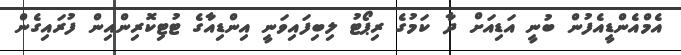
އެމްއެންޑީއެފުން ބުނީ އަޑިއަށް ދާ ކަމުގެ ރިޕޯޓު ލިބިފައިވަނީ އިންޑިއާގެ ޓުޓިކޮރިންއިން ފުރައިގެން